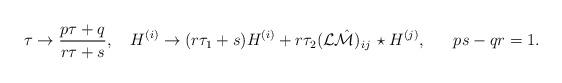
LaTeX: \begin{align*}\tau\to{{p\tau+q}\over{r\tau+s}},\ \ \ H^{(i)}\to (r\tau_1+s)H^{(i)}+r\tau_2({\cal L}\hat{\cal M})_{ij}\,\star H^{(j)},\ \ \ \ \ ps-qr=1.\end{align*}